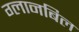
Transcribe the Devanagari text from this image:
ग्लानबिल